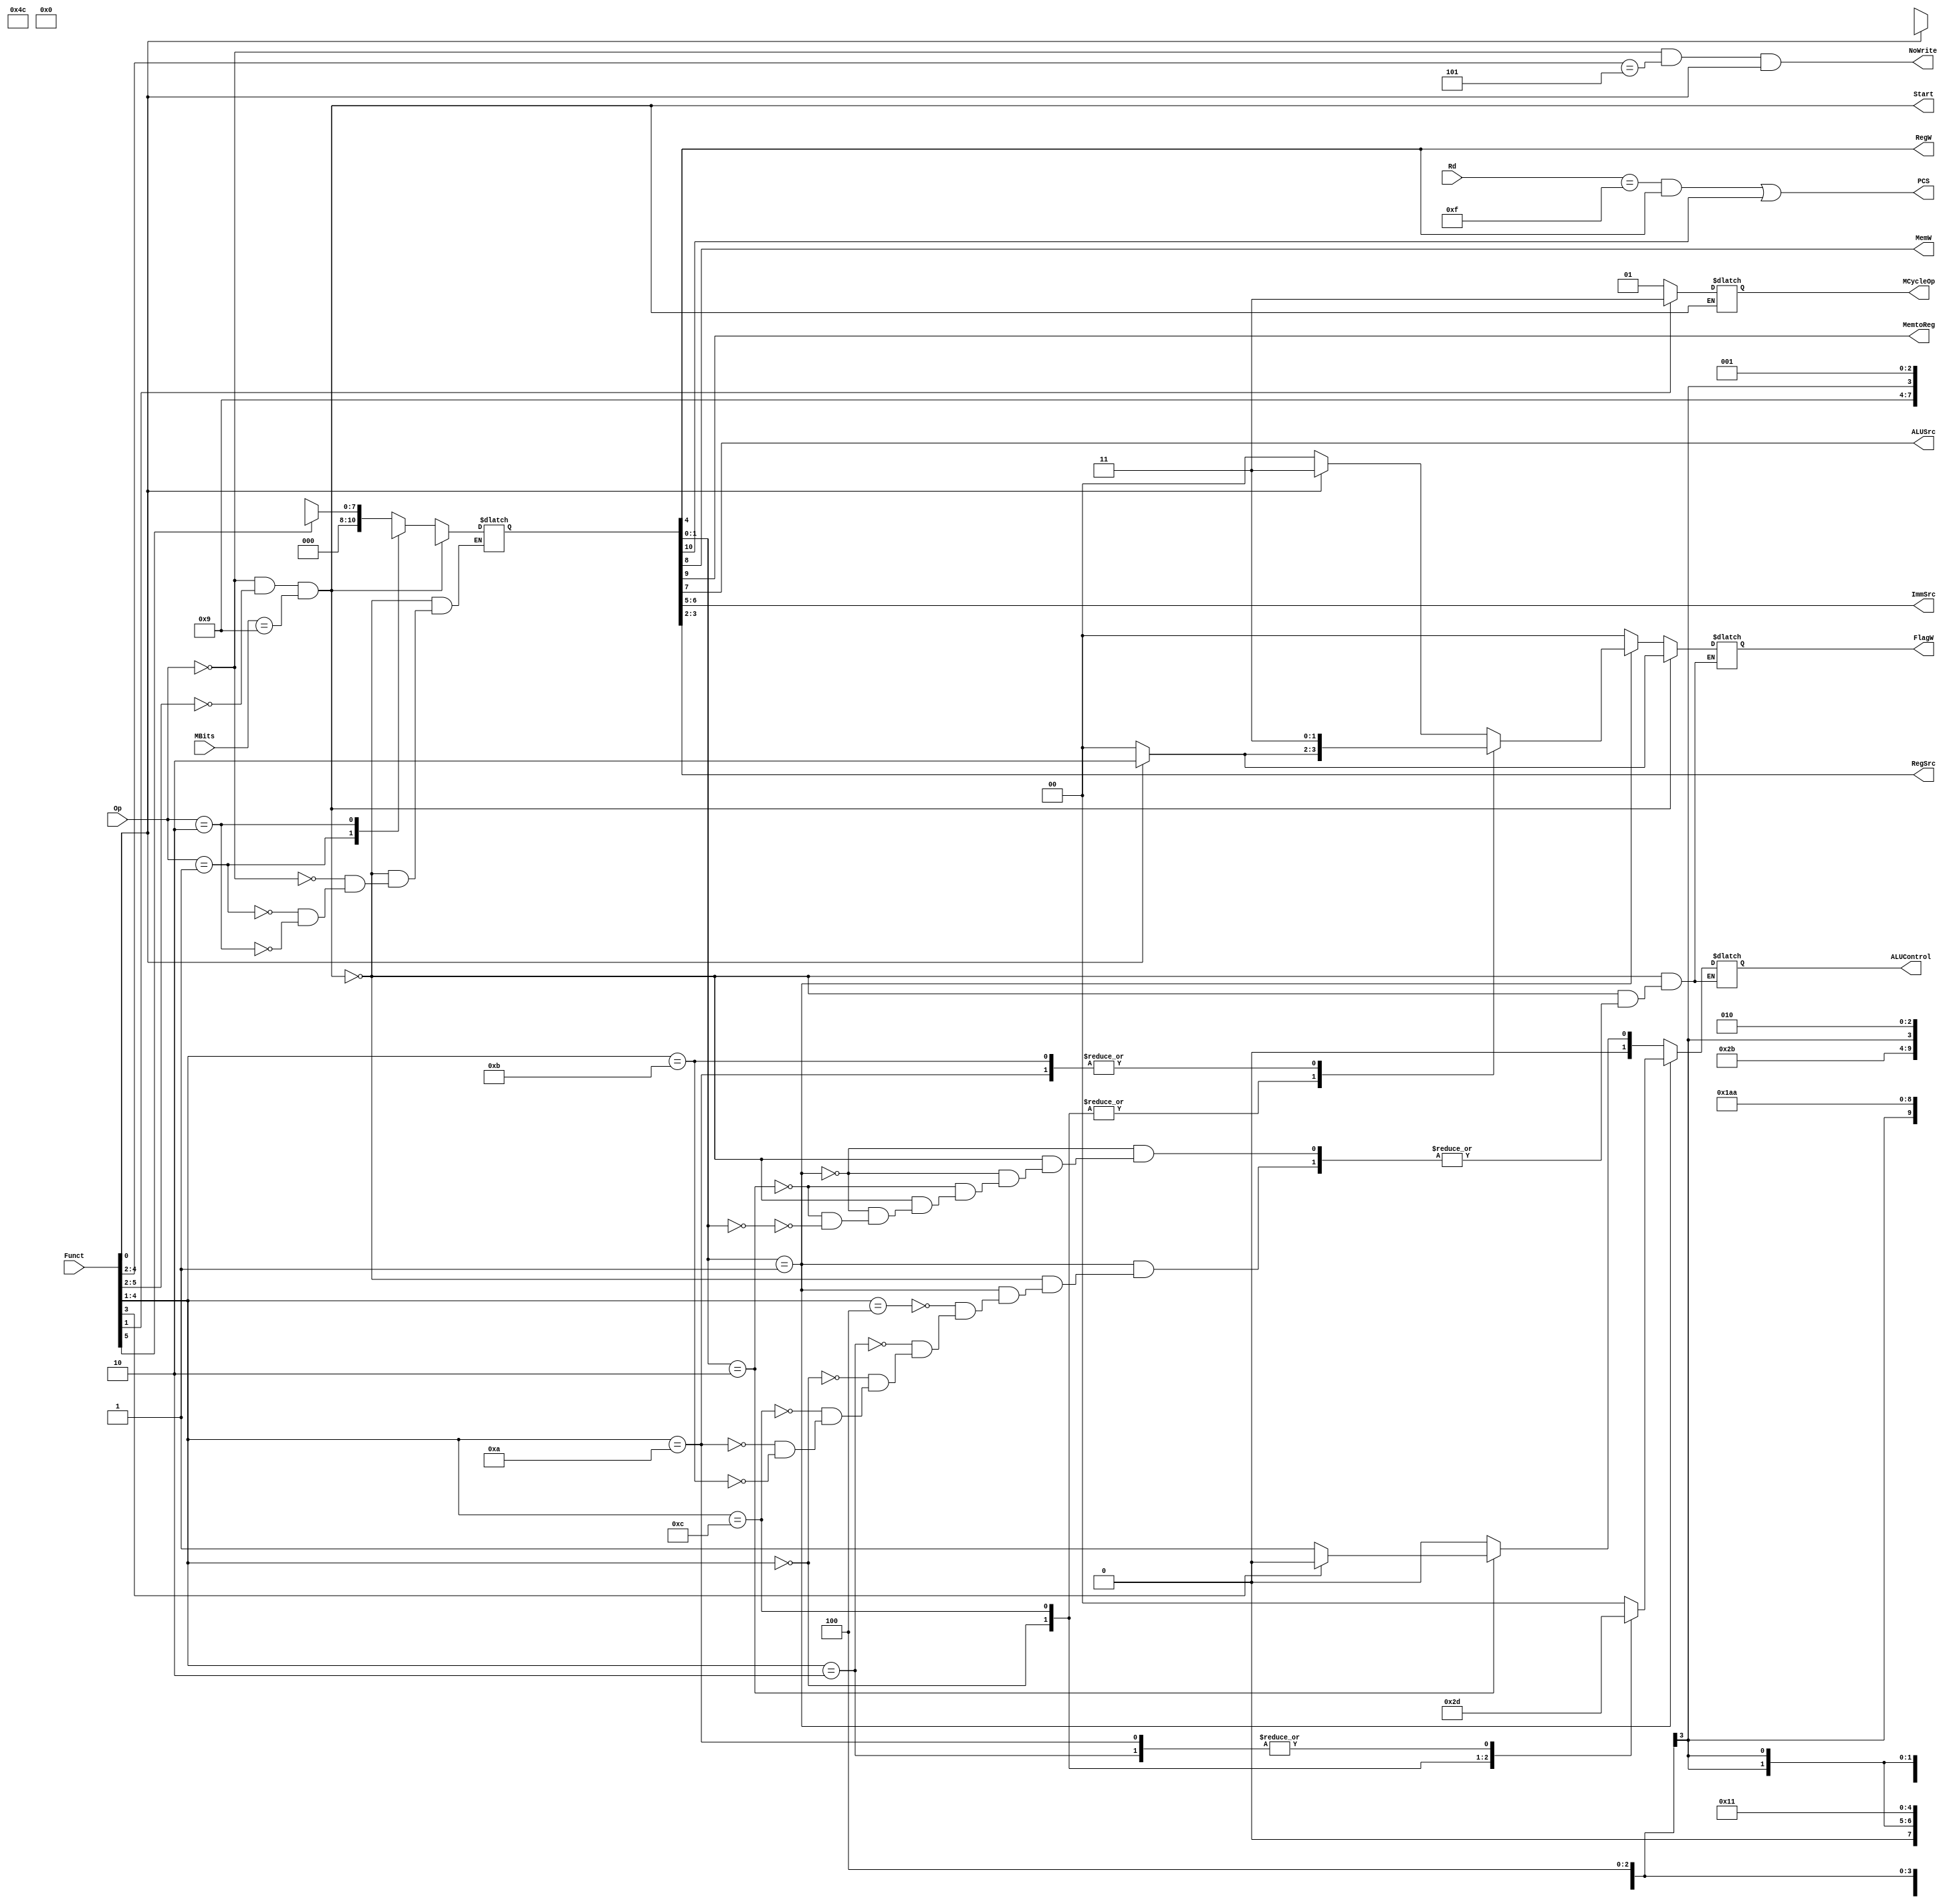
`timescale 1ns / 1ps
/*
----------------------------------------------------------------------------------
-- Company: NUS	
-- Engineer: (c) Shahzor Ahmad and Rajesh Panicker  
-- 
-- Create Date: 09/23/2015 06:49:10 PM
-- Module Name: Decoder
-- Project Name: CG3207 Project
-- Target Devices: Nexys 4 (Artix 7 100T)
-- Tool Versions: Vivado 2015.2
-- Description: Decoder Module
-- 
-- Dependencies: NIL
-- 
-- Revision:
-- Revision 0.01 - File Created
-- Additional Comments:
-- 
----------------------------------------------------------------------------------
----------------------------------------------------------------------------------
--	License terms :
--	You are free to use this code as long as you
--		(i) DO NOT post it on any public repository;
--		(ii) use it only for educational purposes;
--		(iii) accept the responsibility to ensure that your implementation does not violate any intellectual property of ARM Holdings or other entities.
--		(iv) accept that the program is provided "as is" without warranty of any kind or assurance regarding its suitability for any particular purpose;
--		(v)	acknowledge that the program was written based on the microarchitecture described in the book Digital Design and Computer Architecture, ARM Edition by Harris and Harris;
--		(vi) send an email to rajesh.panicker@ieee.org briefly mentioning its use (except when used for the course CG3207 at the National University of Singapore);
--		(vii) retain this notice in this file or any files derived from this.
----------------------------------------------------------------------------------
*/

module Decoder(
    input [3:0] Rd,
    input [1:0] Op,
    input [5:0] Funct,
    output PCS,
    output RegW,
    output MemW,
    output MemtoReg,
    output ALUSrc,
    output [1:0] ImmSrc,
    output [1:0] RegSrc,
    output NoWrite,
    output reg [1:0] ALUControl,
    output reg [1:0] FlagW,
    //For MUL and DIV
    input [3:0] MBits,
    output Start,
	output reg [1:0] MCycleOp
    );
    
    wire [1:0] ALUOp ;
    wire Branch;
    reg [10:0] controls ;
    //<extra signals, if any>
    
    
    //PC Logic
    assign PCS = ((Rd == 15) & RegW) | Branch;
    
    assign {Branch, MemtoReg, MemW, ALUSrc, ImmSrc[1:0], RegW, RegSrc[1:0], ALUOp[1:0]} = controls;
    assign NoWrite = (Op==2'b00) & (Funct[4:2] == 3'b101) & Funct[0];  

	// Assign start = 1 when doing MUL and DIV, else start = 0
	// start = isDP & (instr[25:21] == 0000X) & (MBits == 1001)
	assign Start = (Op == 2'b00) & (Funct[5:2] == 4'b0000) & (MBits == 4'b1001);
	
    
    always @(*)
    begin
    	if (~Start) //Original
    	begin
	        //Controls
	        case (Op)
	            2'b00: controls = (Funct[5])? 11'b0001001X001 : 11'b0000XX10001; //DP
	            2'b01: controls = (Funct[0])? 11'b0101011X010 : 11'b0X110101010; //Mem
	            2'b10: controls = 11'b1001100X100; //B
	        endcase;
	    
	        //ALU Decoder
	    	if (ALUOp == 2'b01) //DP
	    	begin
	    		case (Funct[4:1])
	    			4'b0100: //ADD
	    			begin
	    				ALUControl = 2'b00;
	    				FlagW = (Funct[0])? 2'b11:2'b00;
	    			end
	    			4'b0010: //SUB
	    			begin
	    				ALUControl = 2'b01;
	    				FlagW = (Funct[0])? 2'b11:2'b00;
	    			end
	    			4'b0000: //AND
	    			begin
	    				ALUControl = 2'b10;
	    				FlagW = (Funct[0])? 2'b10:2'b00;
	    			end
	    			4'b1100: //ORR
	    			begin
	    				ALUControl = 2'b11;
	    				FlagW = (Funct[0])? 2'b10:2'b00;
	    			end
	    			4'b1010: //CMP
	    			begin
	    			    ALUControl = 2'b01;
	    			    FlagW = 2'b11;
	    			end
	    			4'b1011: //CMN
	    			begin
	    			    ALUControl = 2'b00;
	    			    FlagW = 2'b11;
	    			end
	    		endcase
	    	end
	    	else if (ALUOp == 2'b10) //Mem
	    	begin
	    		ALUControl = (Funct[3])? 2'b00:2'b01;
	    		FlagW = 2'b00;
	    	end
	    	else if (ALUOp == 2'b00) //B
	    	begin
	    		ALUControl = 2'b00;
	    		FlagW = 2'b00;
	    	end
	    end
	    else //MUL and DIV
	    begin
	    	controls = 11'b0000XX100XX; //ALUOp doesn't matter here
	    	ALUControl = 2'bXX; //Don't care
	    	FlagW = (Funct[0])? 2'b10:2'b00; //Can set Z and N but not required
	    	//Interpret MLA as DIV
	    	MCycleOp = (Funct[1])? 2'b11:2'b01; //Unsigned
	    end
    end
endmodule